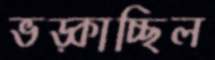
ভড়্‌কাচ্ছিল